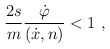
\begin{align*}\frac{2s}{m}\frac{\dot{\varphi}}{(\dot{x},n)}<1\ ,\end{align*}